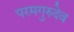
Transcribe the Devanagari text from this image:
परमगुरुदेव